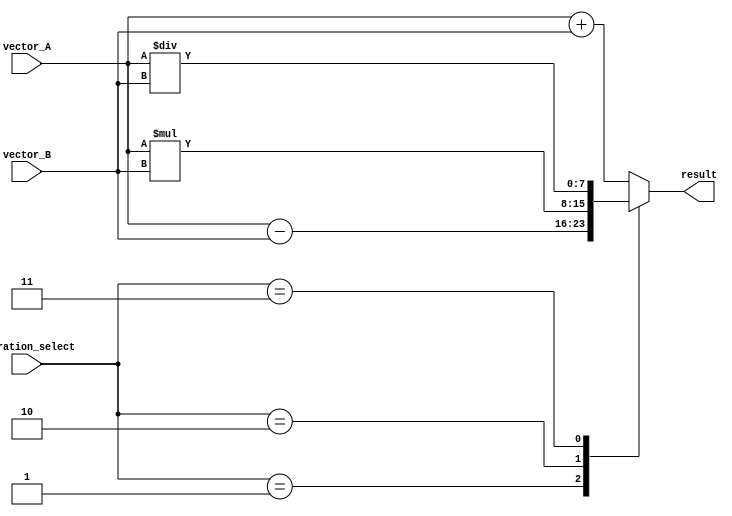
module Vector_ALU (
    input [7:0] vector_A,
    input [7:0] vector_B,
    input [2:0] operation_select, // 0: addition, 1: subtraction, 2: multiplication, 3: division
    output reg [7:0] result
);

always @(*)
begin
    case(operation_select)
        3'b000: // Addition
            result = vector_A + vector_B;
        3'b001: // Subtraction
            result = vector_A - vector_B;
        3'b010: // Multiplication
            result = vector_A * vector_B;
        3'b011: // Division
            result = vector_A / vector_B;
        default: // Default to addition
            result = vector_A + vector_B;
    endcase
end

endmodule